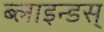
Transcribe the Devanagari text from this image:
ब्लाइन्डस्